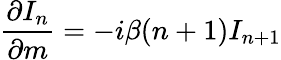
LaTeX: {\frac{\partial I_{n}}{\partial m}}=-i\beta(n+1)I_{n+1}